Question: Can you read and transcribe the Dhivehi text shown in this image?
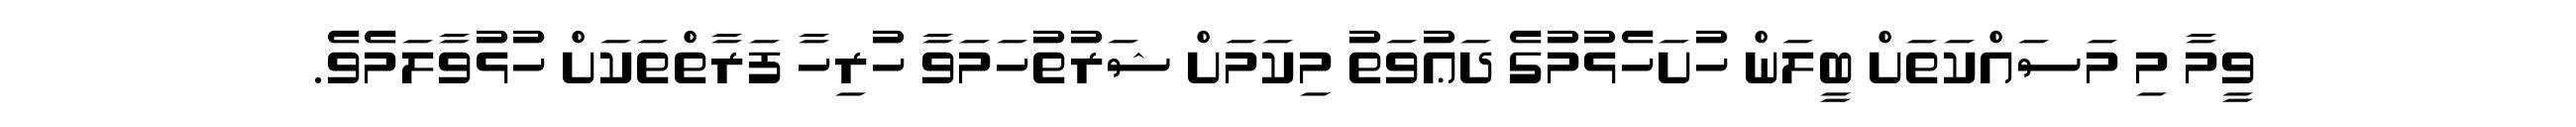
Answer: ވީމާ މި މަސައްކަތަށް ބީލަން ހުށަހެޅުމުގެ ދަޢުވަތު މިކަމަށް ޝަރުތުހަމަވާ ހުރިހާ ފަރާތްތަކަށް ހުޅުވާލަމެވެ.